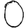
Digit: 0